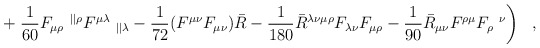
\begin{align*}+ \left.{1 \over 60} F_{\mu\rho}~^{||\rho}F^{\mu\lambda}~_{||\lambda}-{1 \over 72} (F^{\mu\nu}F_{\mu\nu})\bar{R}-{1 \over 180}\bar{R}^{\lambda\nu\mu\rho}F_{\lambda\nu}F_{\mu\rho}-{1 \over 90}\bar{R}_{\mu\nu}F^{\rho\mu}F_{\rho}~^\nu \right)~~,\end{align*}